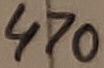
Text: 470